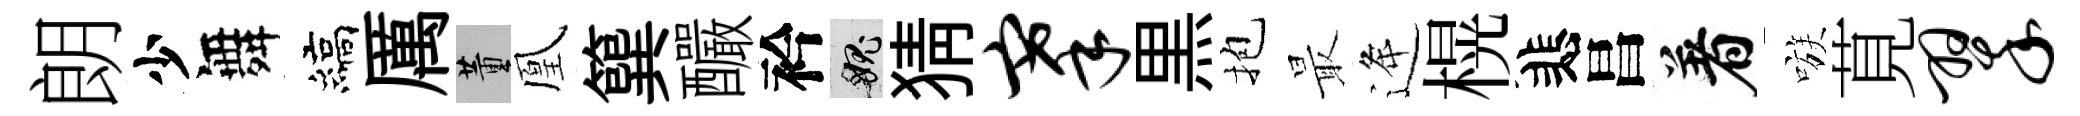
朗少舞縞厲董凰簨釅衿愧猜搴黒抱最逄榥悲昌着嗾莧翠